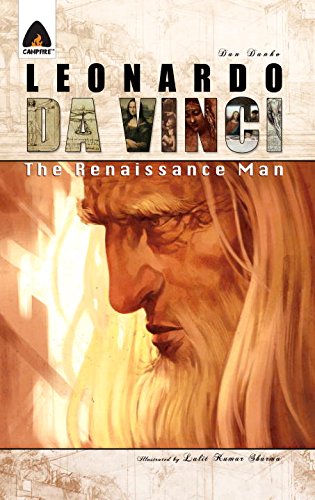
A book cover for Leonardo Da Vinci: The Renaissance Man: A Graphic Novel (Campfire Graphic Novels); Dan Danko; Children's Books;